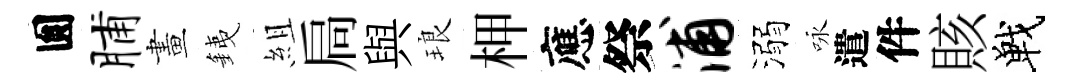
圎脯畫銕組扃與琅柙應祭浦溺咏遣件賅戰